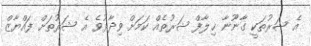
އެ ޝަރުތަކީ ގާނޫނާ ޚިލާފް ޝަރުތެއް ކަމަށް ވިދާޅުވެ އެ ޝަރުތަށް ފައްޔާޒް